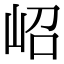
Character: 岹